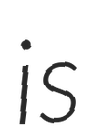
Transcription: is